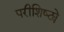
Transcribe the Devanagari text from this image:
परीशिष्ट्ये